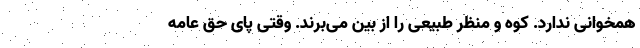
همخوانی ندارد. کوه و منظر طبیعی را از بین می‌برند. وقتی پای حق عامه